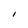
Character: I